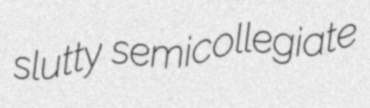
slutty semicollegiate